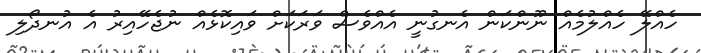
ހެއްލޭ ހެއްލުމެއް ނޫންކަން އެނގުނީ އެއްވެސް ވަރަކަށް ވައިކޮޅެއް ނުޖެހޭއިރު އެ އުނދޯލި